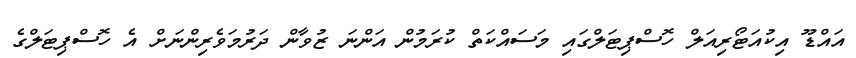
އައްޑޫ އިކުއަޓޯރިއަލް ހޮސްޕިޓަލްގައި މަސައްކަތް ކުރަމުން އަންނަ ޒުވާން ދަރުމަވެރިންނަށް އެ ހޮސްޕިޓަލްގެ